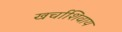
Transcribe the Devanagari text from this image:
खर्चाशिवाय